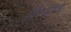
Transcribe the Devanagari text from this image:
विश्वेषण